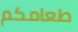
طعامكم